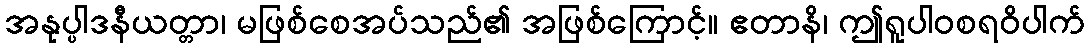
အနုပ္ပါဒနီယတ္တာ၊ မဖြစ်စေအပ်သည်၏ အဖြစ်ကြောင့်။ ဧတာနိ၊ ဤရူပါဝစရဝိပါက်